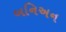
બનિઅન